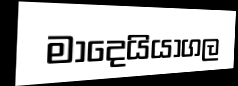
මාදෙයියාගල